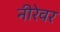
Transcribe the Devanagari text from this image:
नीरेवर